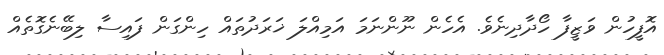
އޮފީހުން ވަޒީފާ ހޯދާދިނެވެ. އެހެން ނޫންނަމަ އަމިއްލަ ޚަރަދުތައް ހިންގަން ފައިސާ ލިބޭނެގޮތެއް